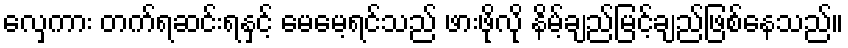
လှေကား တက်ရဆင်းရနှင့် မေမေ့ရင်သည် ဖားဖိုလို နိမ့်ချည်မြင့်ချည်ဖြစ်နေသည်။